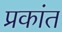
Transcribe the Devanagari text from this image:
प्रकांत